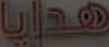
هدايا